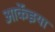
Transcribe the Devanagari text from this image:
आर्केइया